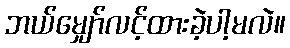
ဘယ်မျှော်လင့်ထားခဲ့ပါ့မလဲ။